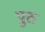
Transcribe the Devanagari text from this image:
पुठ